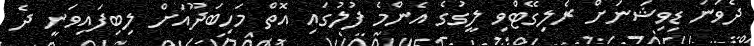
ދެވަނަ ޑިވިޝަނަށް ރެލިގޭޓްވި ލީގުގެ އެންމެ ފުލުގައި އޮތް މަހިބަދޫއަށް ލިބިފައިވަނީ ދެ